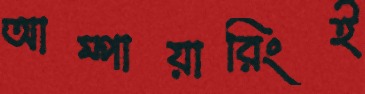
আম্পায়ারিংই